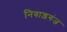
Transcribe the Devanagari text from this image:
निवाड़गंज